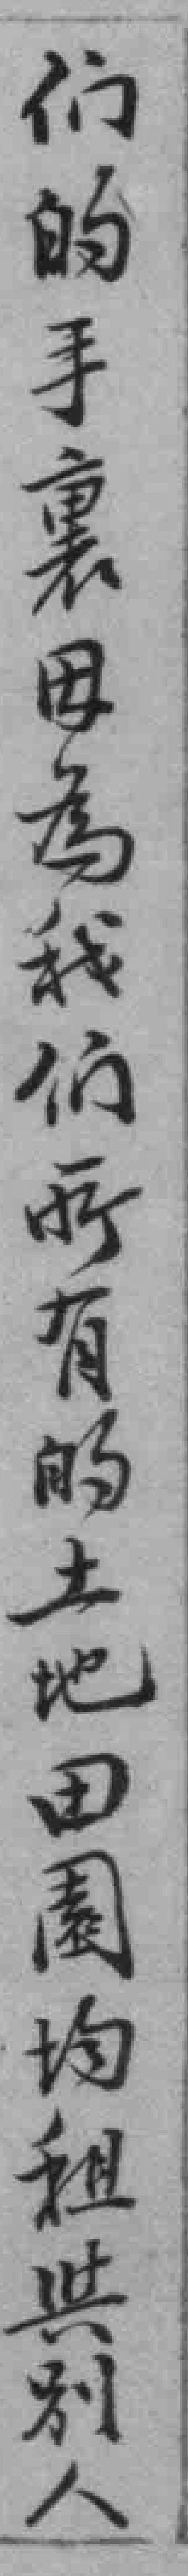
们的手裹因為我们所有的土地田園均租舆別人